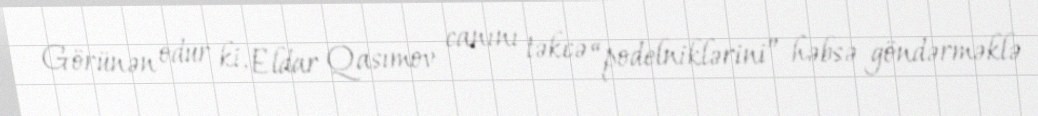
Görünən odur ki, Eldar Qasımov canını təkcə “podelniklərini” həbsə göndərməklə